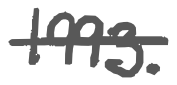
Text: 1993.
Cross-out: single-line
Writing tool: digital_gray